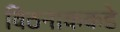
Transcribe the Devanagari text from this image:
विठनाककडे